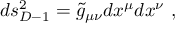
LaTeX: d s _ { D - 1 } ^ { 2 } = { \widetilde g } _ { \mu \nu } d x ^ { \mu } d x ^ { \nu } ~ ,